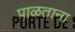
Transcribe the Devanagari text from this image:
पाळताना